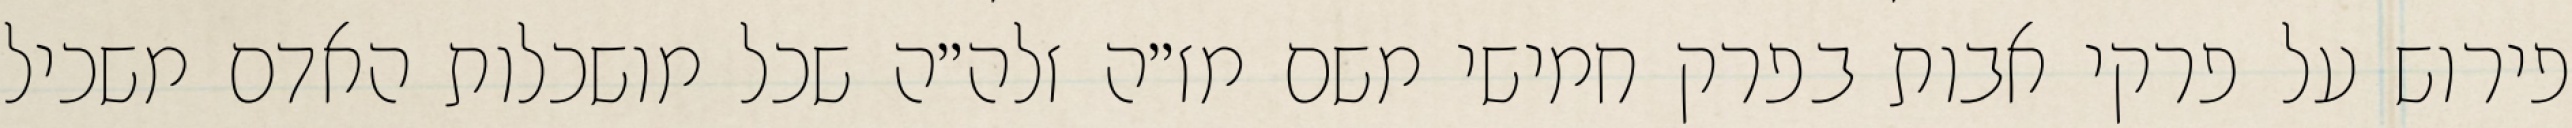
פירוש על פרקי אבות בפרק חמישי משם מז״ה זלה״ה שכל מושכלות האדם משכיל